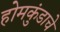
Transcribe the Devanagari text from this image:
होमकुंडाचे